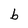
Character: b